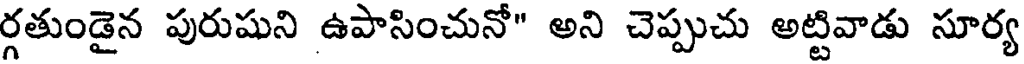
ర్గతుండైన పురుషుని ఉపాసించునో" అని చెప్పుచు అట్టివాడు సూర్య